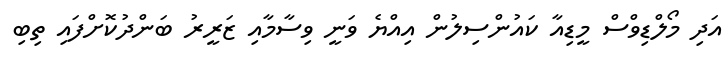
އަދި މޯލްޑިވްސް މީޑިއާ ކައުންސިލުން އިއްޔެ ވަނީ ވިސާމާއި ޒަރީރު ބަންދުކޮށްފައި ތިބި